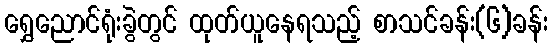
ရွှေညောင်ရုံးခွဲတွင် ထုတ်ယူနေရသည့် စာသင်ခန်း(၆)ခန်း